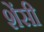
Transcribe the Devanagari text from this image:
शेंसी